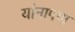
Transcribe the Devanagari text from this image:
यांनापण